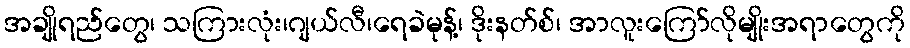
အချိုရည်တွေ၊ သကြားလုံး၊ဂျယ်လီ၊ရေခဲမုန့်၊ ဒိုးနတ်စ်၊ အာလူးကြော်လိုမျိုးအရာတွေကို